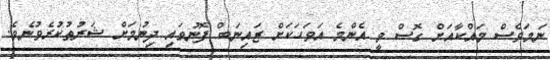
ނަމަވެސް މައްކާއަށް ގޮސް ވީ އެންމެ އަވަހަކަށް ޒައިނަބް ފޮނުވައި ދިނުމަށް ޝަރުޠުކުރެވުނެވެ.